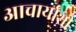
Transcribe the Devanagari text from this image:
आचार्यांशी